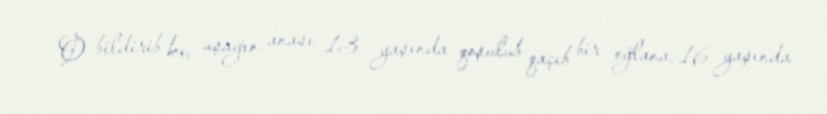
O bildirib ki, uşağın anası 13 yaşında qoşulub qaçıb bir oğlana, 16 yaşında